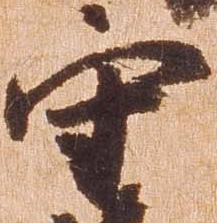
守